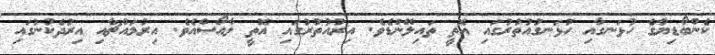
ކެންބޯޑިޔާގެ ހުޅަނގާއި ހުޅަނގުއުތުރުގައި އޮތީ ތައިލޭންޑެވެ. އިރުއުތުރުގައި އޮތީ ލާއޯސްއެވެ. އިރުމައްޗާއި އިރުދެކުނުގައި